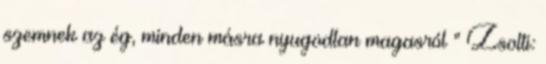
szemnek az ég, minden másra nyugodtan magasról ” Zsolti: